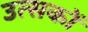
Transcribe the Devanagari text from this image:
उत्सकों